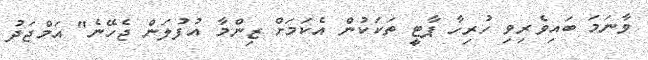
ވާނަމަ ބައިވެރިވި ހުރިހާ ޕާޓީ ތަކަކުން އެކަމަށް ޒިންމާ އުފުލަން ޖެހޭނެ" އަމްޖަދު